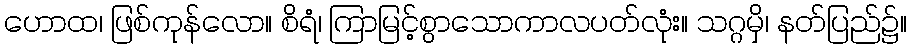
ဟောထ၊ ဖြစ်ကုန်လော။ စိရံ၊ ကြာမြင့်စွာသောကာလပတ်လုံး။ သဂ္ဂမှိ၊ နတ်ပြည်၌။